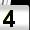
Digit: 4